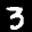
Label: 3